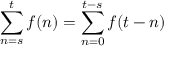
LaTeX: \sum _ { n = s } ^ { t } f ( n ) = \sum _ { n = 0 } ^ { t - s } f ( t - n ) \quad